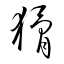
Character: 猾